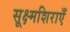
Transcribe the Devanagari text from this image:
सूक्ष्मशिराएँ